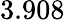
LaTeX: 3.908